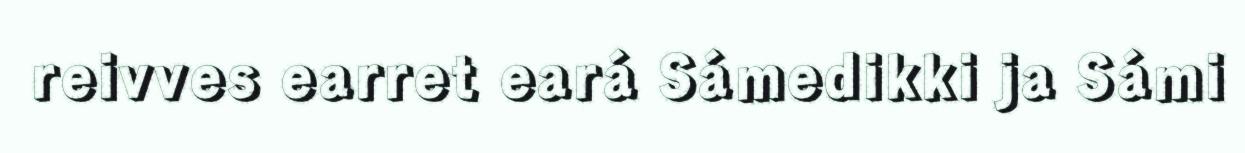
reivves earret eará Sámedikki ja Sámi